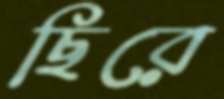
ছিরে